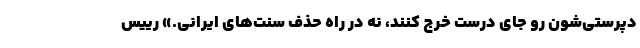
دپرستی‌شون رو جای درست خرج کنند، نه در راه حذف سنت‌های ایرانی.» رییس